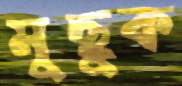
মুছুক